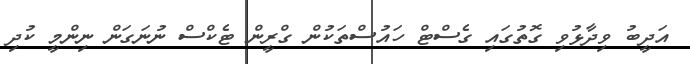
އަދީބު ވިދާޅުވި ގޮތުގައި ގެސްޓް ހައުސްތަކުން ގްރީން ޓެކްސް ނުނަގަން ނިންމީ ކުދި